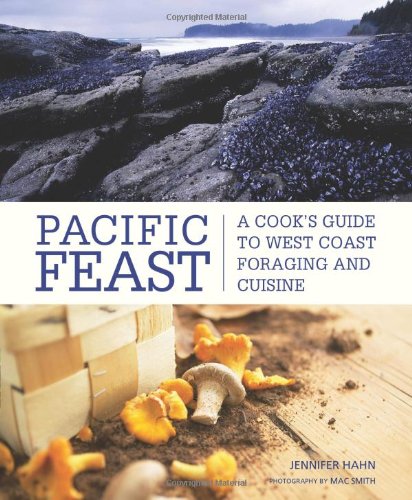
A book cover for Pacific Feast: A Cook's Guide to West Coast Foraging and Cuisine; Jennifer Hahn; Cookbooks, Food & Wine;